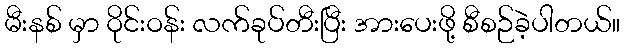
မီးနစ် မှာ ဝိုင်းဝန်း လက်ခုပ်တီးပြီး အားပေးဖို့ စီစဉ်ခဲ့ပါတယ်။